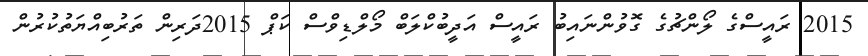
2015 ރައީސްގެ ލޯންޗުގެ ގޮވުންނައިބު ރައީސް އަދީބުކްލަބް މޯލްޑިވްސް ކަޕް 2015ދަރިން ތަރުބިއްޔަތުކުރުން